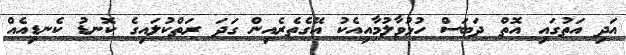
އަދި އަތުގައި އޮތް ދަބަސް ހުޅުވާލުމާއިއެކު އޭގެތެރެއިން ގަދަ ރަތްކުލައިގެ ކޮނޑު ކެނޑިއެއް